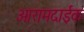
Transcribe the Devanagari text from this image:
आरामदाईक